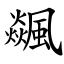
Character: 飊